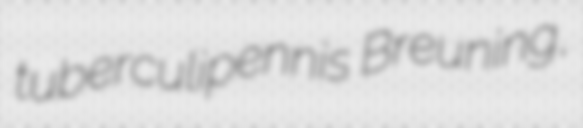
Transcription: tuberculipennis Breuning,